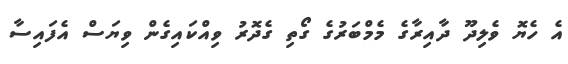
އެ ހެޔޮ ވެލިދޫ ދާއިރާގެ މެމްބަރުގެ ގޯތި ގެދޮރު ވިއްކައިގެން ވިޔަސް އެފައިސާ